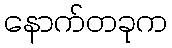
နောက်တခုက